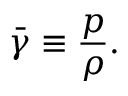
\bar { \gamma } \equiv \frac { p } { \rho } .